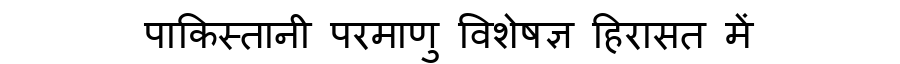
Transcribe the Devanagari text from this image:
पाकिस्तानी परमाणु विशेषज्ञ हिरासत में